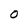
Character: O